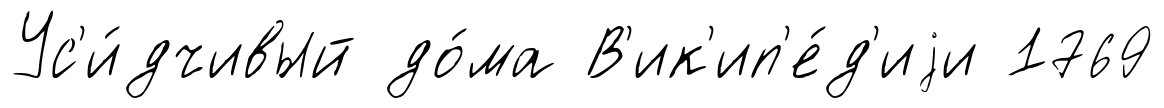
Ус'и́дчивый до́ма В'ик'ип'е́д'иjи 1769